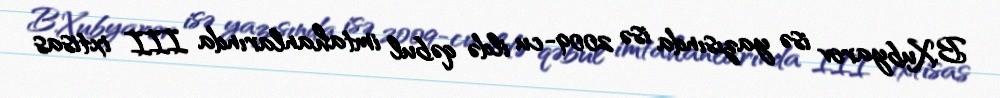
B.Xubyarov isə yazısında isə 2009-cu ildə qəbul imtahanlarında III ixtisas